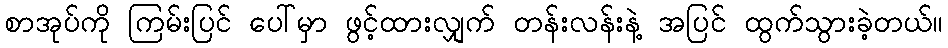
စာအုပ်ကို ကြမ်းပြင် ပေါ်မှာ ဖွင့်ထားလျှက် တန်းလန်းနဲ့ အပြင် ထွက်သွားခဲ့တယ်။